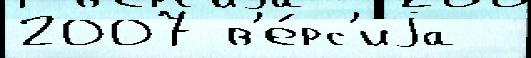
2007 в'е́рс'иjа